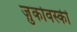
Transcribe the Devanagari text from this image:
ज़ुकोवस्की